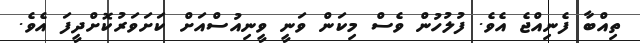
ތިއްބާ ފެނިއްޖެ އެވެ. ފުލުހުން ވެސް މިކަން ވަނީ ވީނިއުސްއަށް ކަށަވަރުކޮށްދީފަ އެވެ.